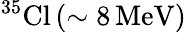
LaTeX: ^{35}\mathrm{Cl}\, (\mathrm{\sim 8\, MeV)}